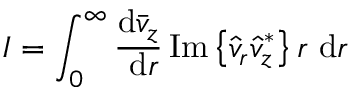
I = \int _ { 0 } ^ { \infty } \frac { \mathrm { d } \bar { v } _ { z } } { \mathrm { ~ d } r } \operatorname { I m } \left\{ \hat { v } _ { r } \hat { v } _ { z } ^ { * } \right\} r \mathrm { ~ d } r